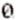
0